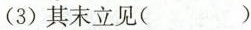
(3)其末立见( )